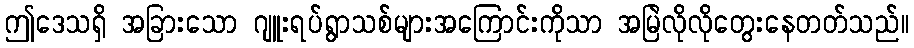
ဤဒေသရှိ အခြားသော ဂျူးရပ်ရွာသစ်များအကြောင်းကိုသာ အမြဲလိုလိုတွေးနေတတ်သည်။